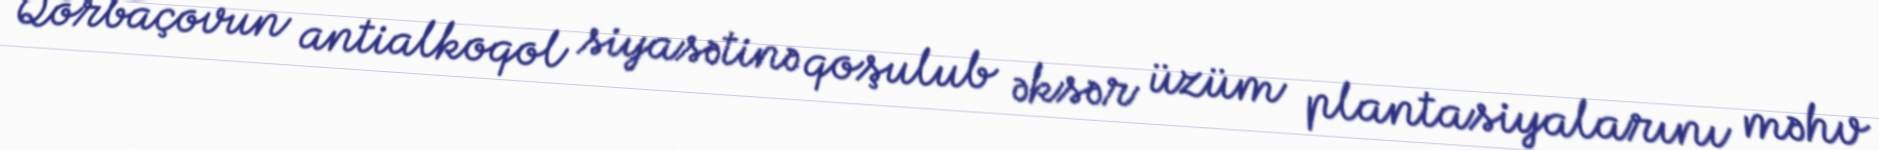
Qorbaçovun antialkoqol siyasətinə qoşulub əksər üzüm plantasiyalarını məhv